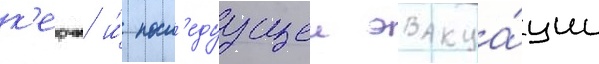
к'ерчи и́ посл'едуущеи эвакуа́ции